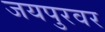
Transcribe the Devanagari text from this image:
जयपुरवर